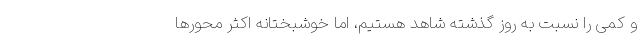
و کمی را نسبت به روز گذشته شاهد هستیم، اما خوشبختانه اکثر محور‌ها